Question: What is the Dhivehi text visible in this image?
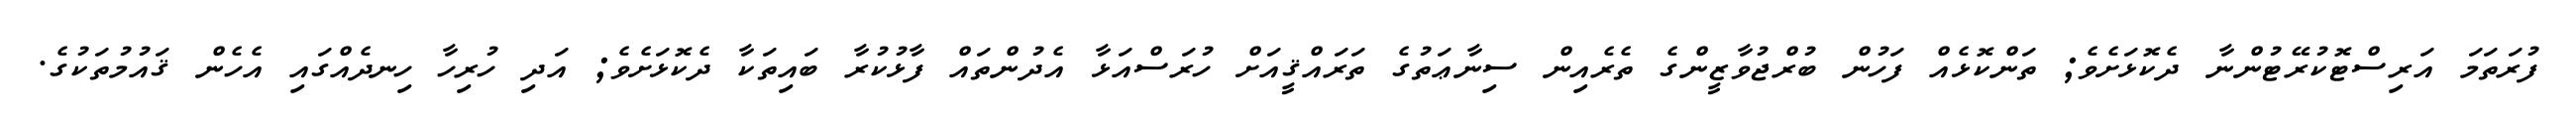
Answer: ފުރަތަމަ އަރިސްޓޮކުރޭޓުންނާ ދެކޮޅަށެވެ; ތަންކޮޅެއް ފަހުން ބުރްޖުވާޒީންގެ ތެރެއިން ސިނާޢަތުގެ ތަރައްޤީއަށް ހުރަސްއަޅާ އެދުންތައް ފާޅުކުރާ ބައިތަކާ ދެކޮޅަށެވެ; އަދި ހުރިހާ ހިނދެއްގައި އެހެން ޤައުމުތަކުގެ.